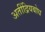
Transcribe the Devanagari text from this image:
अतींद्रियबोध